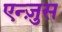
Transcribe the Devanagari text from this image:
एन्ज़ुस